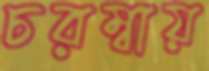
চরম্বায়